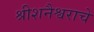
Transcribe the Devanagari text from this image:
श्रीशनैश्वराचे